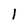
Character: l